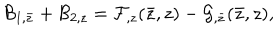
{ \cal B } _ { 1 , \bar { z } } + { \cal B } _ { 2 , z } = { \cal F } _ { , z } ( \bar { z } , z ) - { \cal G } _ { , \bar { z } } ( \bar { z } , z ) ,